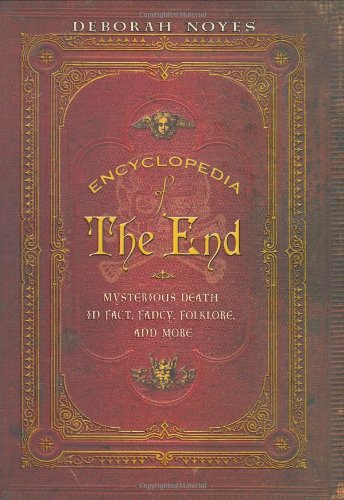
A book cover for Encyclopedia of the End: Mysterious Death in Fact, Fancy, Folklore, and More; Deborah Noyes; Teen & Young Adult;